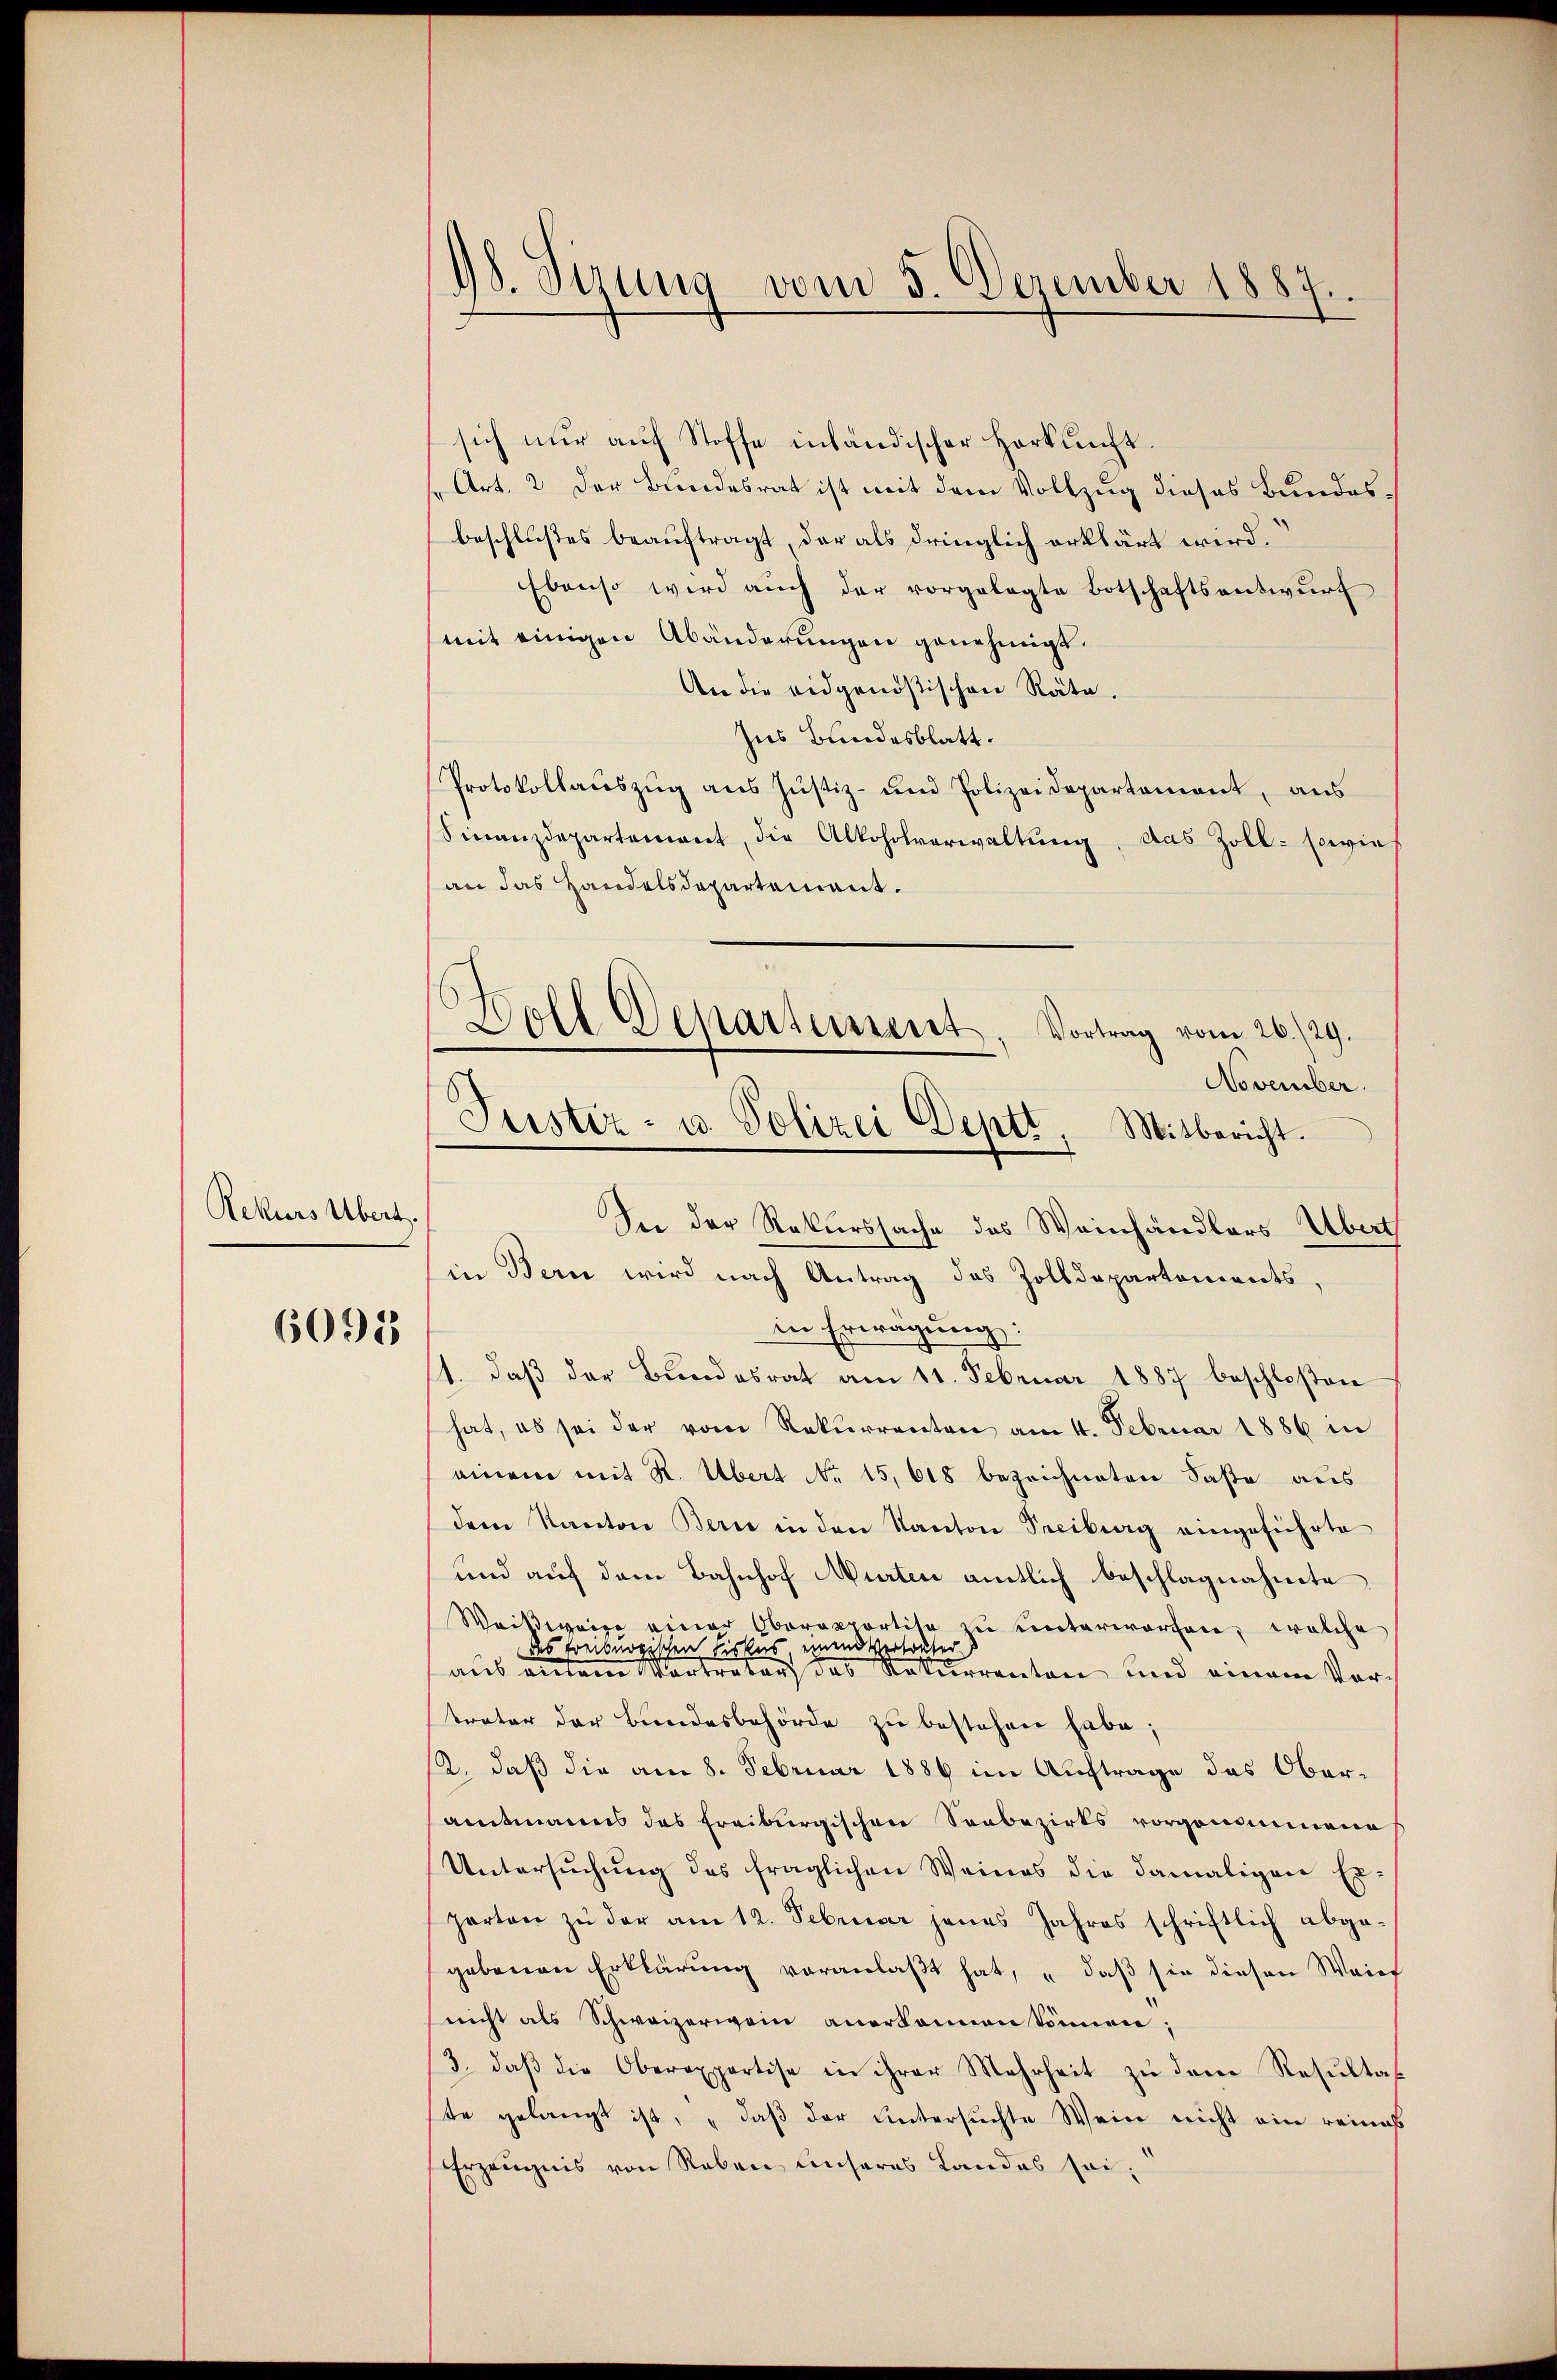
Rekurs Übert.

6095

98. Sizung vom 5. Dezember 1887.

Zoll Departement, Vortrag vom 26./29.
Justiz- u. Polizei Deptt. Mitbericht.

sich nur auf Stoffe inländischer Herkunft.
h. Art. 2 der Bundesrat ist mit dem Vollzug dieses Bundesbeschlußes beauftragt, der als dringlich erklärt wird.
Ebenso wird auch der vorgelegte Botschaftsentwurf
mit einigen Abänderungen genehmigt.
An die eidgenößischen Räte.
Ins Bundesblatt.
Protokollaŭszŭg aŭs Jŭstiz- und Polizeidepartement, aus
Sinanzdepartement, die Alkoholverwaltung, das Zoll- sowie
an das Handelsdepartement.
November.
In der Rekurssache des Weinhändlers Übert
in Bern wird nach Antrag des Zolldepartements,
in Erwägung:
1. daβ der Bŭndesrat am 11. Februar 1887 beschloßen
hat, es sei der vom Rekurrenten am 4. Februar 1886 in
einem mit R. Übert No. 15,618 bezeichneten Faste aus
dem Kanton Bern in den Kanton Treiburg eingeführte
und auf dem Bahnhof Murten amtlich beschlagnahmte
Weißweine einer Oberapportise zu unterworfen, welche
des Freiburgischen Fiskus einend Vertreter
aus einem Vortreter das Rekurrenten und einem Vortrater der Bundesbehörde zŭ bestehen habe;
12., daß die am 8. Februar 1886 im Auftrage das Obersamtmanns des Freiburgischen Seebezirks vorgenommene
Untersuchung des fraglichen Weines die damaligen Erzarten zu der am 12. Februar jenes Jahres schriftlich abgegebenen Erklärung veranlaßt hat, „daß sie diesen Weier
nicht als Schweizerwein anerkannen können;
3., daß die Oberexpertise in ihrer Mehrheit zu dem Resultat
ste gelangt ist, „daß der untersuchte Wein nicht ein reines
Erzeugnis von Reben unseres Landes sei,